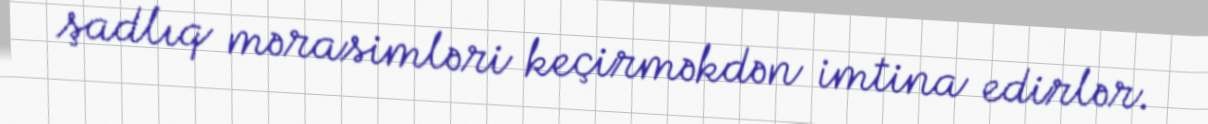
şadlıq mərasimləri keçirməkdən imtina edirlər.